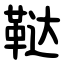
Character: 鞑